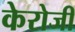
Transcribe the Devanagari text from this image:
केरोजी